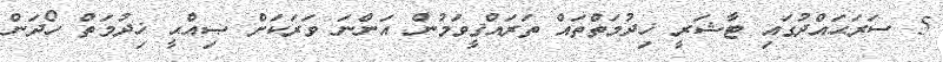
5 ސަރަޙައްދުގައި ޓާޝަރީ ޚިދުމަތްތައް ތަރައްޤީވަމުން އަންނަ ވަރަކަށް ޞިއްޙީ ޚިދުމަތް ހޯދަން